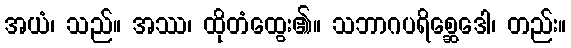
အယံ၊ သည်။ အဿ၊ ထိုတံထွေး၏။ သဘာဂပရိစ္ဆေဒေါ၊ တည်း။